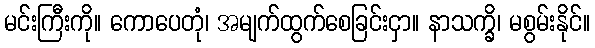
မင်းကြီးကို။ ကောပေတုံ၊ အမျက်ထွက်စေခြင်းငှာ။ နာသက္ခိ၊ မစွမ်းနိုင်။